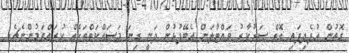
ގޮތުން އުފެދިފައި އޮތް ސަރުކާރު ވައްޓާލަން އެބޭފުޅުން ދަނީ ގިނަ މަަސައްކަތްތަކެއް ކުރައްވަމުންނެޗެ.